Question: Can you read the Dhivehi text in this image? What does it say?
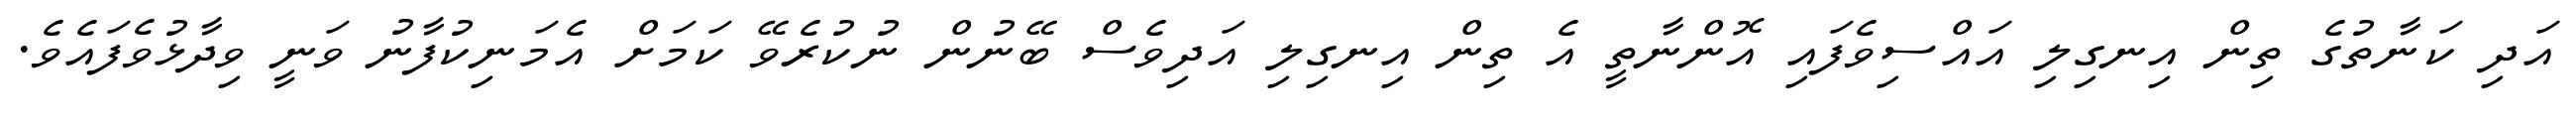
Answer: އަދި ކަނާތުގެ ތިން އިނގިލި އައްސިވެފައި އޮންނާތީ އެ ތިން އިނގިލި އަދިވެސް ބޭނުން ނުކުރެވޭ ކަމަށް އެމަނިކުފާނު ވަނީ ވިދާޅުވެފައެވެ.